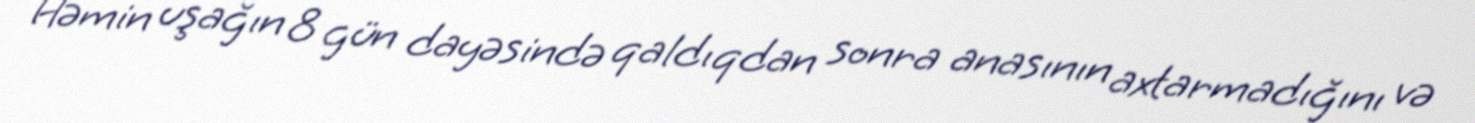
Həmin uşağın 8 gün dayəsində qaldıqdan sonra anasının axtarmadığını və